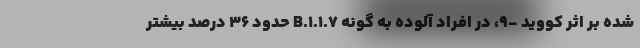
شده بر اثر کووید -۹، در افراد آلوده به گونه B.۱.۱.۷ حدود ۳۶ درصد بیشتر